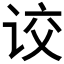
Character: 𰵦